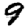
Digit: 9